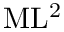
\mathrm { M L ^ { 2 } }